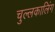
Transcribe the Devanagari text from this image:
चुल्लकालिंग